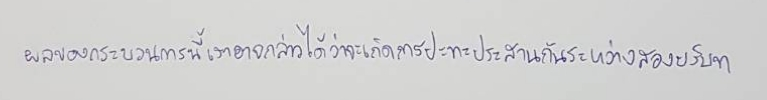
ผลของกระบวนการนี้เราอาจกล่าวได้ว่าจะเกิดการปะทะประสานกันระหว่างสองบริบท